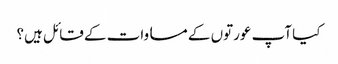
کیا آپ عورتوں کے مساوات کے قائل ہیں؟